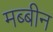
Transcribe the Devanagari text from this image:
मब्बीन